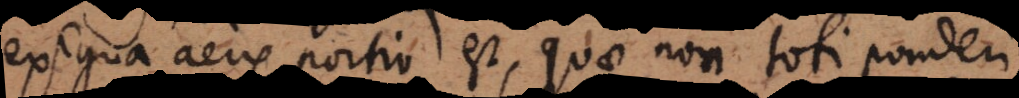
exigua aëris portio est, quae non toti ponderi